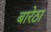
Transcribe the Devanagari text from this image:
बारेठा